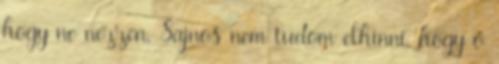
hogy ne nézzen. Sajnos nem tudom elhinni, hogy ő